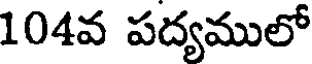
104వ పద్యములో